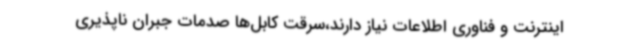
اینترنت و فناوری اطلاعات نیاز دارند،سرقت کابل‌ها صدمات جبران ناپذیری